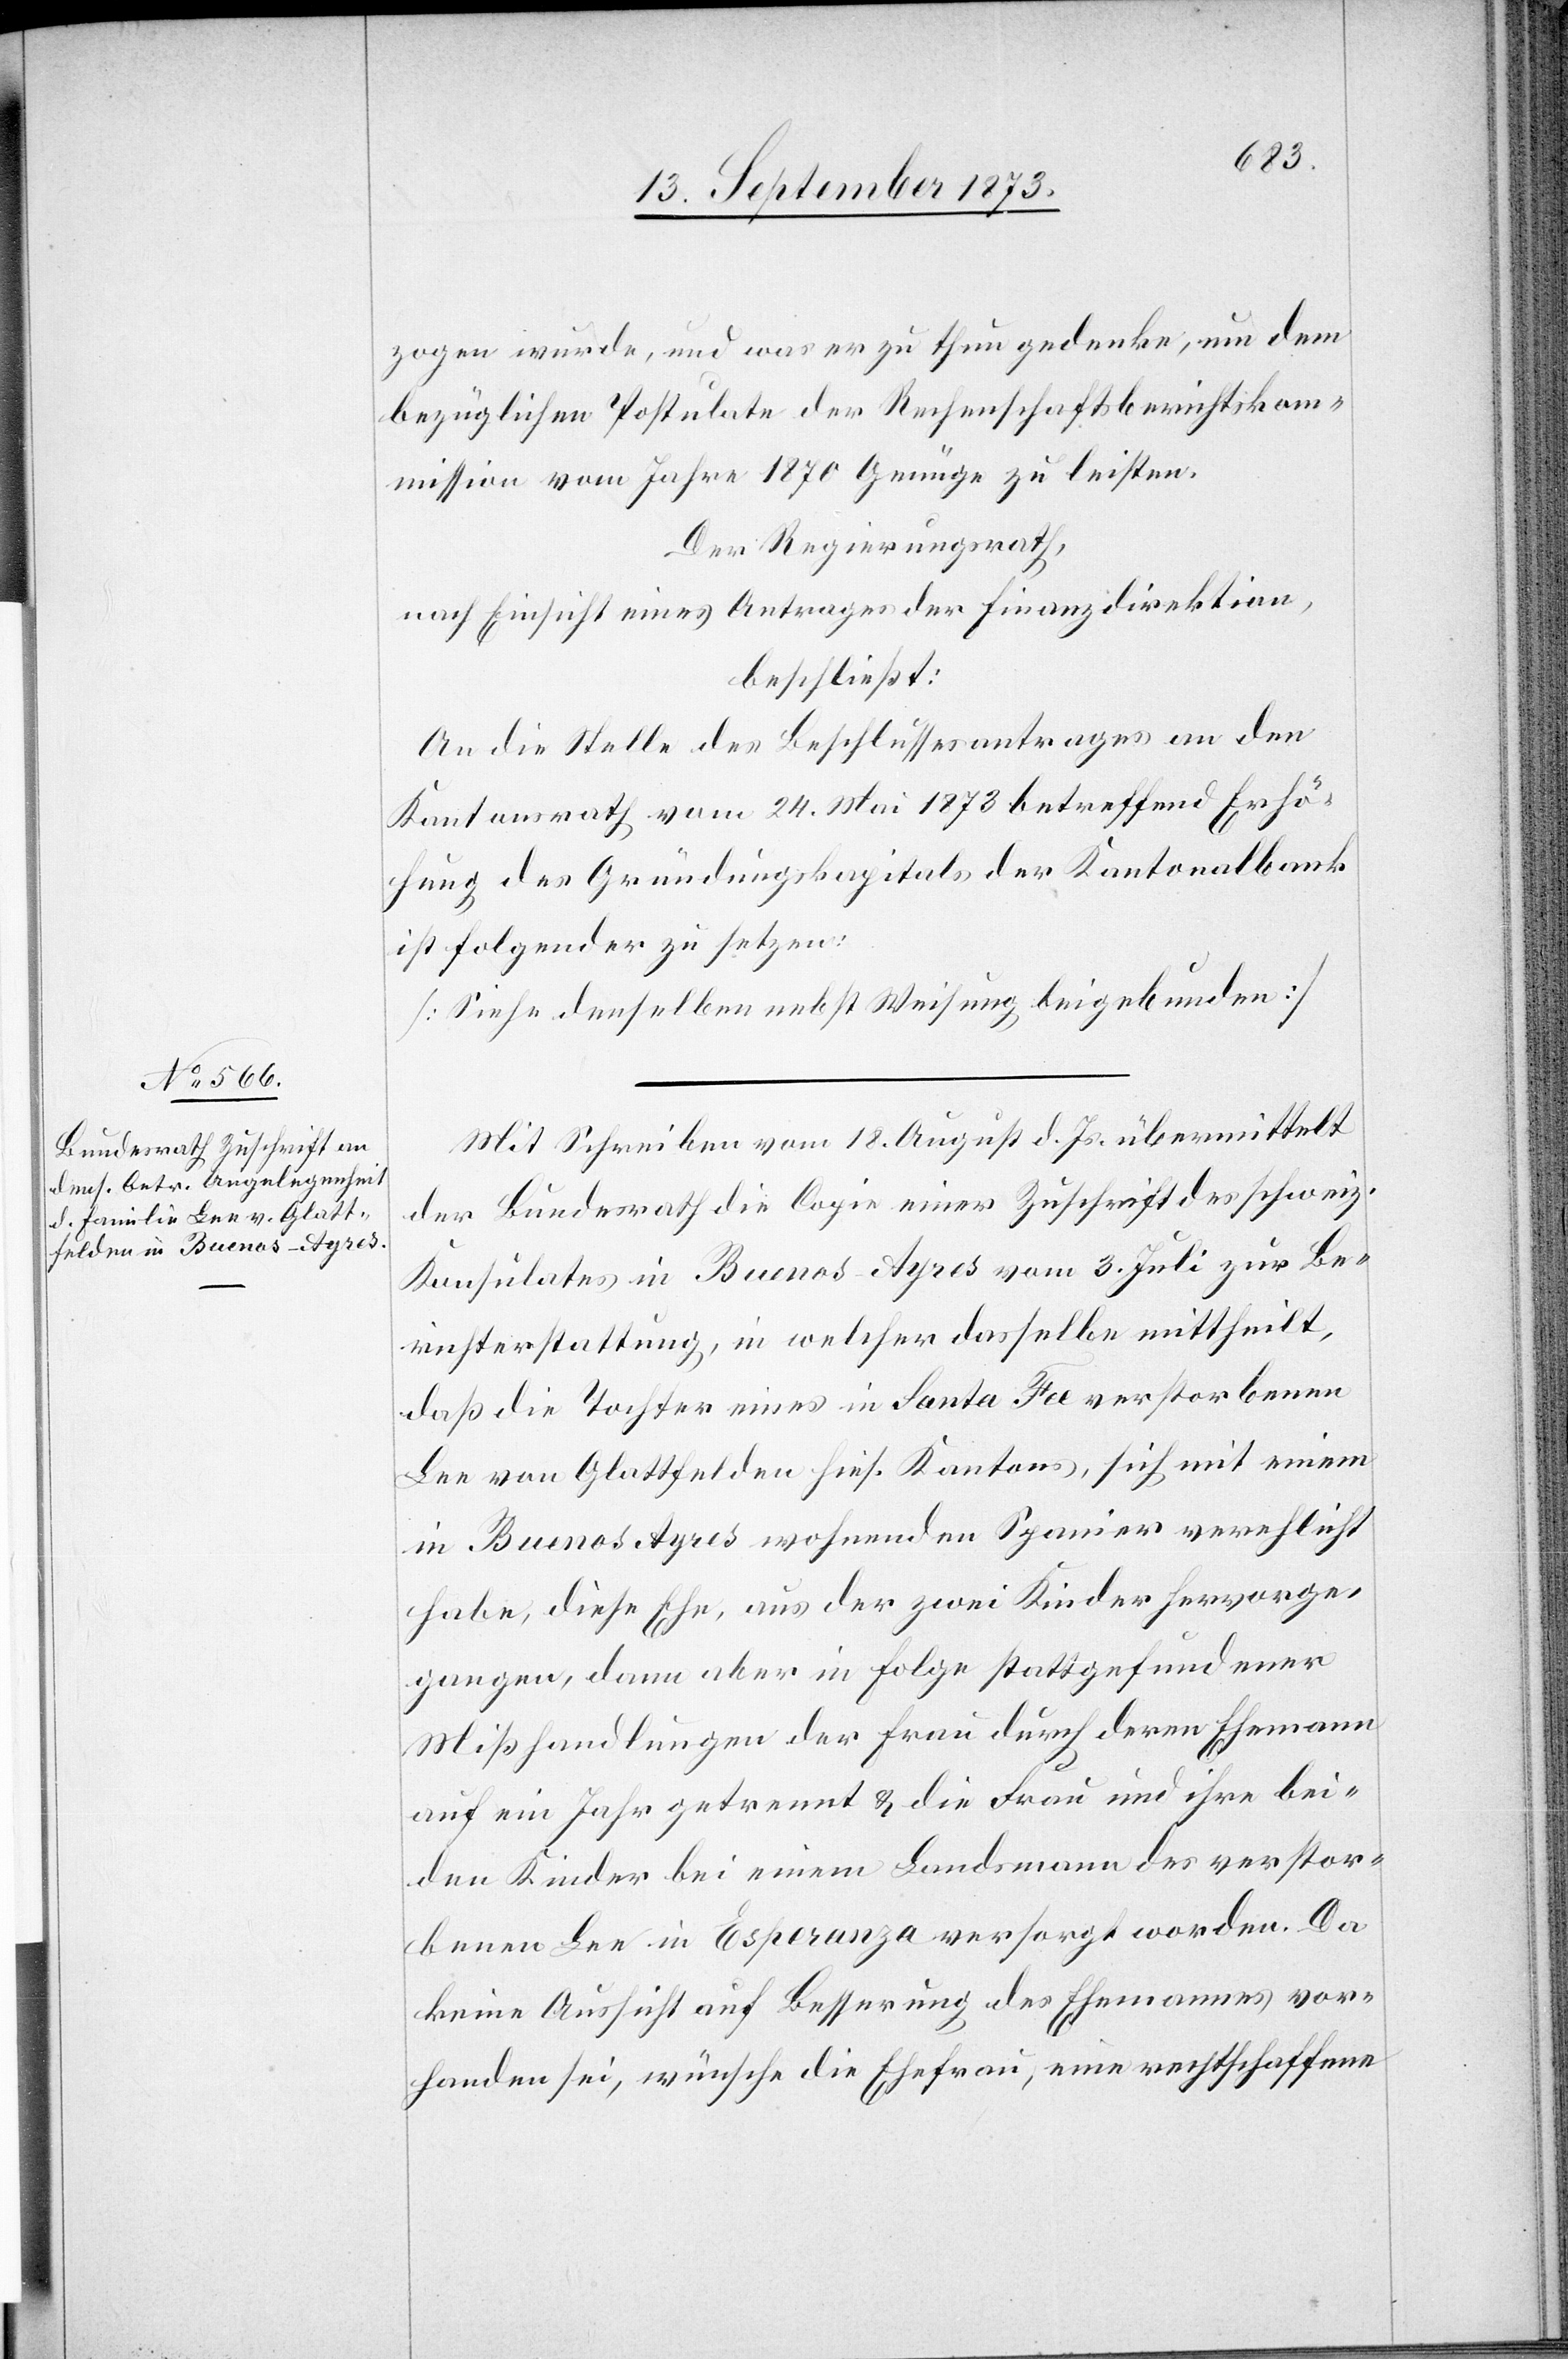
zogen wurde, und was er zu thun gedenke, um dem
bezüglichen Postulate der Rechenschaftsberichtskom¬
mission vom Jahre 1870 Genüge zu leisten.
Der Regierungsrath,
nach Einsicht eines Antrages der Finanzdirektion,
beschließt:
An die Stelle des Beschlussesantrages an den
Kantonsrath vom 24. Mai 1873 betreffend Erhö¬
hung des Gründungskapitals der Kantonalbank
ist folgender zu setzen:
[Siehe denselben nebst Weisung beigebunden]
Mit Schreiben vom 18. August d. Js. übermittelt
der Bundesrath die Copie einer Zuschrift des schweiz.
Konsulates in Buenos-Ayres vom 3. Juli zur Be¬
richterstattung, in welcher dasselbe mittheilt,
daß die Tochter eines in Santa Fee verstorbenen
Lee von Glattfelden hies. Kantons, sich mit einem
in Buenos Ayres wohnenden Spanier verehlicht
habe, diese Ehe, aus der zwei Kinder hervorge¬
gangen, dann aber in Folge stattgefundener
Mißhandlungen der Frau durch deren Ehemann
auf ein Jahr getrennt & die Frau und ihre bei¬
den Kinder bei einem Landsmann des verstor¬
benen Lee in Esperanza versorgt worden. Da
keine Aussicht auf Besserung des Ehemannes vor¬
handen sei, wünsche die Ehefrau, eine rechtschaffene